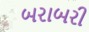
બરાબરી